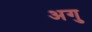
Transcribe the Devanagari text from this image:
अगु